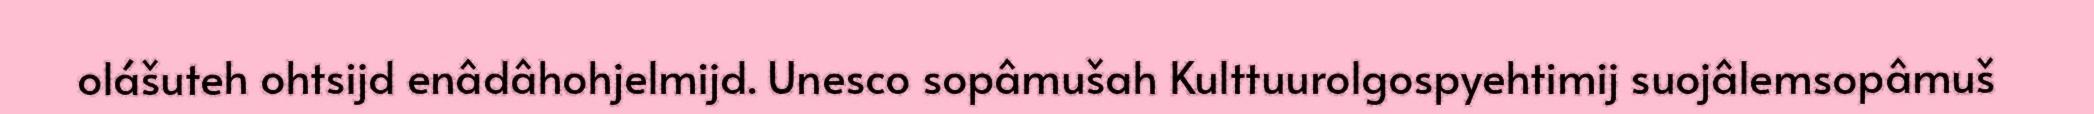
olášuteh ohtsijd enâdâhohjelmijd. Unesco sopâmušah Kulttuurolgospyehtimij suojâlemsopâmuš